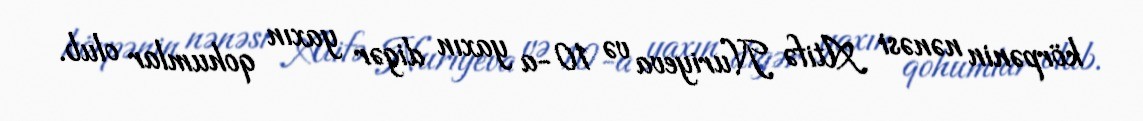
körpənin nənəsi Atifə Nuriyeva və 10-a yaxın digər yaxın qohumlar olub.